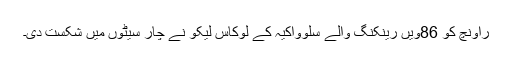
راونچ کو 86ویں رینکنگ والے سلوواکیہ کے لوکاس لیکو نے چار سیٹوں میں شکست دی۔